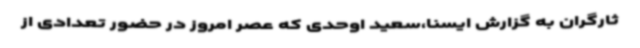
ثارگران به گزارش ایسنا،سعید اوحدی که عصر امروز در حضور تعدادی از